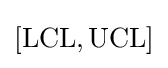
[{\text{LCL}},{\text{UCL}}]